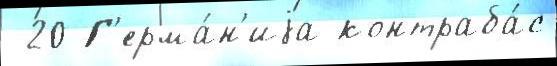
 20 Г'ерма́н'иjа контраба́с